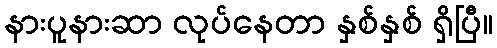
နားပူနားဆာ လုပ်နေတာ နှစ်နှစ် ရှိပြီ။